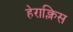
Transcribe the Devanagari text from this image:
हेराक्लिस